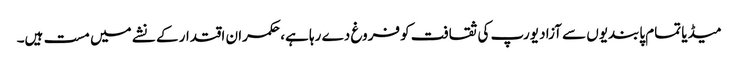
میڈیا تمام پابندیوں سے آزاد یورپ کی ثقافت کو فروغ دے رہا ہے، حکمران اقتدار کے نشے میں مست ہیں۔